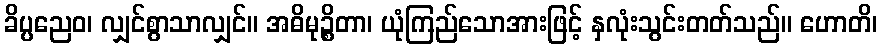
ခိပ္ပညေဝ၊ လျှင်စွာသာလျှင်။ အဓိမုဉ္စိတာ၊ ယုံကြည်သောအားဖြင့် နှလုံးသွင်းတတ်သည်။ ဟောတိ၊